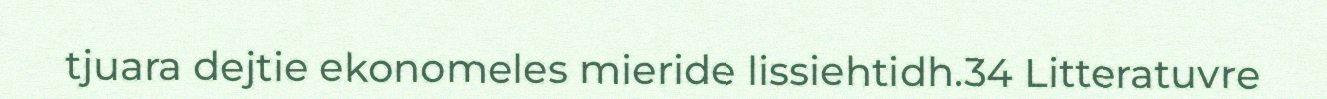
tjuara dejtie ekonomeles mieride lissiehtidh.34 Litteratuvre